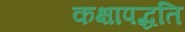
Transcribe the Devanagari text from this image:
कक्षापद्धति